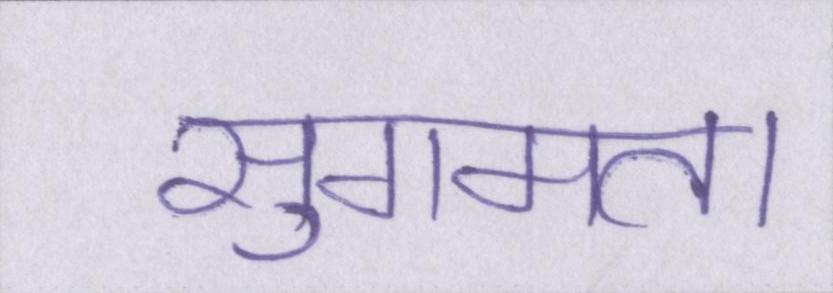
सुगमता